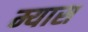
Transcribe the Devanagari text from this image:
म्यास